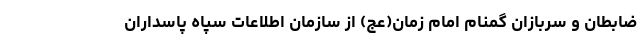
ضابطان و سربازان گمنام امام زمان(عج) از سازمان اطلاعات سپاه پاسداران